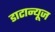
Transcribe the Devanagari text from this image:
डाटान्यूज